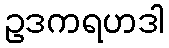
ဥဒကရဟဒါ